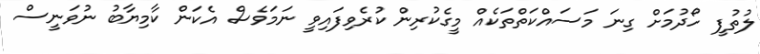
ލުތުފީ ހޯދުމަށް ގިނަ މަސައްކަތްތަކެއް މީގެކުރިން ކުރެވިފައިވީ ނަމަވެސް އެކަން ކާމިޔާބު ނުވަނީސް